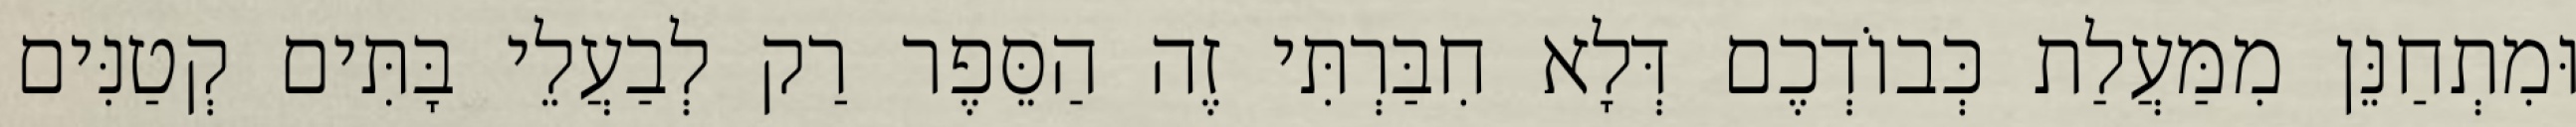
וּמִתְחַנֵּן מִמַּעֲלַת כְּבוֹדְכֶם דְּלָא חִבַּרְתִּי זֶה הַסֵּפֶר רַק לְבַעֲלֵי בָּתִּים קְטַנִּים